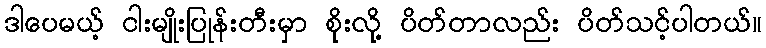
ဒါပေမယ့် ငါးမျိုးပြုန်းတီးမှာ စိုးလို့ ပိတ်တာလည်း ပိတ်သင့်ပါတယ်။